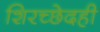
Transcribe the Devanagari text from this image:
शिरच्छेदही